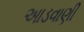
આડવાણી